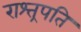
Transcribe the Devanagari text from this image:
राश्त्रपति